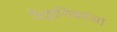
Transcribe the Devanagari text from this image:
वैज्ञानिकांचा